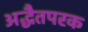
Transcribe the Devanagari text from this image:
अद्धैतपरक